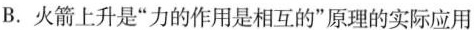
B.火箭上升是”力的作用是相互的”原理的实际应用